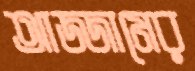
আজ্জামের